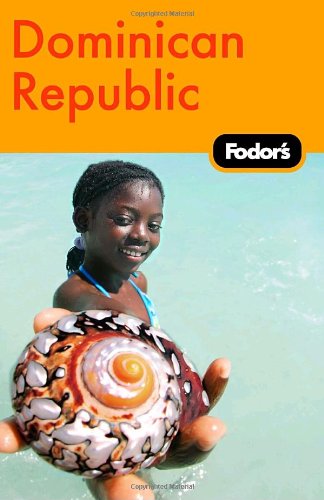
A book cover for Fodor's Dominican Republic, 1st Edition (Travel Guide); Fodor's; Travel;